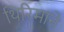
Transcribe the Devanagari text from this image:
थिरिमाने